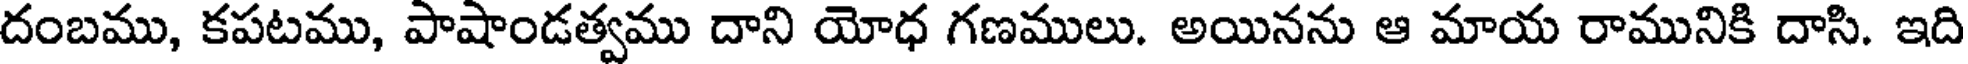
దంబము, కపటము, పాషాండత్వము దాని యోధ గణములు. అయినను ఆ మాయ రామునికి దాసి. ఇది